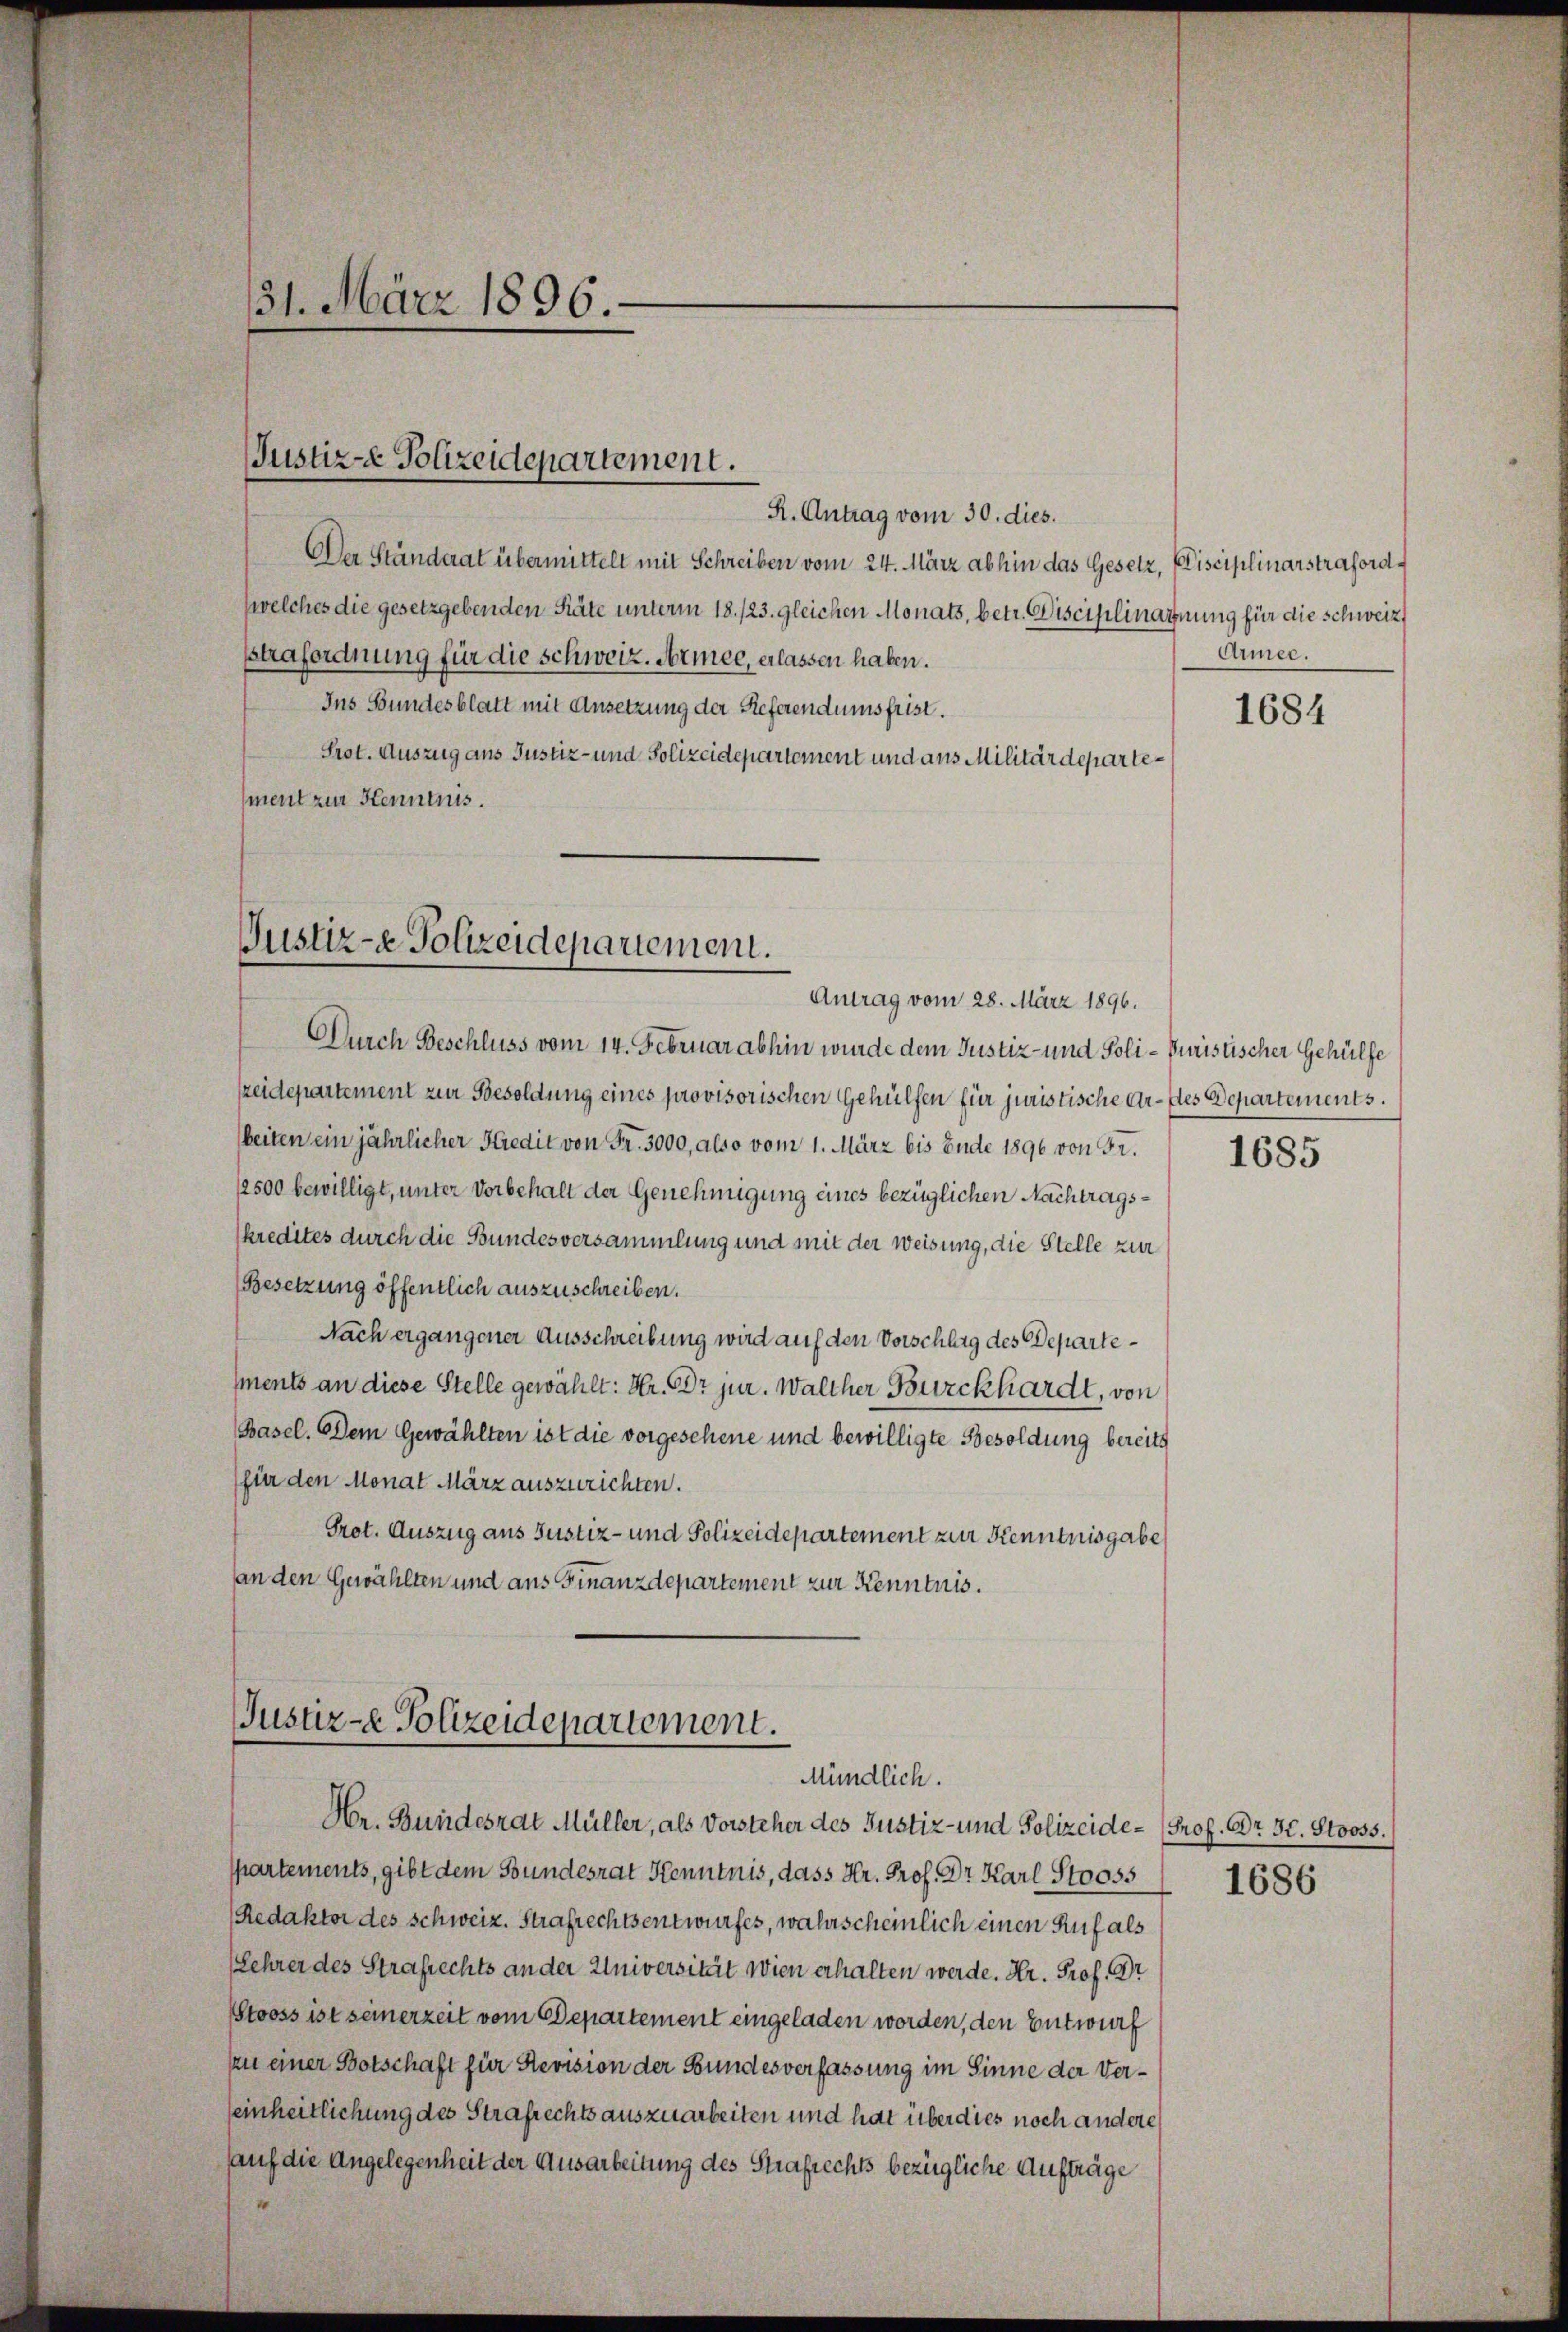
31. März 1896.

Justiz-e Polizeidepartement.

R. Antrag vom 30. dies.
Der Ständerat übermittelt mit Schreiben vom 24. März abhin das Gesetz, Disciplinarstrafordwelches die gesetzgebenden Räte unterm 18. 123. gleichen Monats, betr. Disciplinarnung für die schweiz,
strafordnung für die schweiz. Armee, erlassen haben.
Ins Bundesblatt mit Ansetzung der Referendumsfrist.
Srot. Auszug aus Justiz- und Polizeidepartement und aus Militärdepartement zur Kenntnis.

Justiz- & Polizeidepariement.
Antrag vom 28. März 1896.

Durch Beschluss vom 14. Februar abhin wurde dem Justiz- und Poli-Puristischer Gehülfe
szeidepartement zur Besoldung eines provisorischen Gehülfen für juristische Ar- des Departements.
beiten ein jährlicher Kredit von Fr. 3000, also vom 1. März bis Ende 1896 von Fr.
12500 bewilligt, unter Vorbehalt der Genehmigung eines bezüglichen Nachtragskredites durch die Bundesversammlung und mit der Weisung, die Stelle zur
Besetzung öffentlich auszuschreiben.
Nach ergangener Ausschreibung wird auf den Vorschlag des Departesments an diese Stelle gewählt: Hr. Dr jur. Walther Burckhardt, von
Basel. Dem Gewählten ist die vorgesehene und bewilligte Besoldung bereits
(für den Monat März auszurichten.
Prot. Auszug aus Justiz- und Polizeidepartement zur Kenntnisgabe
an den Gewählten und aus Finanzdepartement zur Kenntnis.

Justiz- & Polizeidepartement.
Mündlich.

Hr. Bundesrat Müller, als Vorsteher des Justiz- und Polizeide- Prof. Dr. 30. Stooss.
spartements, gibt dem Bundesrat Kenntnis, dass Hr. Prof. Dr. Karl Stooss 1686
Redaktor des Schweiz. Strafrechtsentwurfes, wahrscheinlich einen Ruf als
Lehrer des Strafrechts an der Universität wien erhalten werde. Hr. Prof. Br
Stooss ist seinerzeit vom Departement eingeladen worden, den Entwurf
zan einer Botschaft für Revision der Bundesverfassung im Sinne der Verseinheitlichung des Strafrechts auszuarbeiten und hat über dies noch andere
auf die Angelegenheit der Ausarbeitung des Strafrechts bezügliche Aufträge
d

Armee.

1684

1685